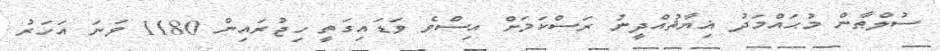
ސުލްޠާން މުޙައްމަދު ޣިޔާޘުއްދީނު ރަސްކަމަށް އިސްވެ ވަޑައިގަތީ ހިޖުރައިން 1180 ވަނަ އަހަރު